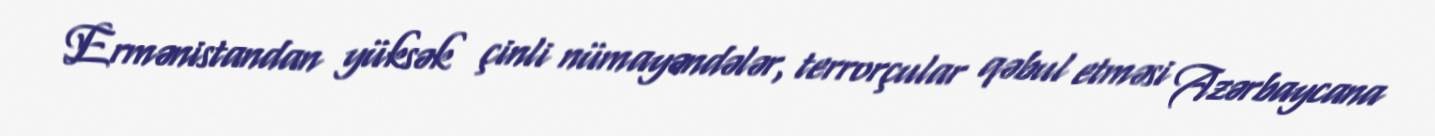
Ermənistandan yüksək çinli nümayəndələr, terrorçular qəbul etməsi Azərbaycana